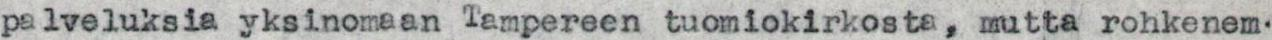
palveluksia yksinomaan Tampereen tuomiokirkosta, mutta rohkenem-